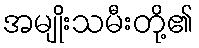
အမျိုးသမီးတို့၏